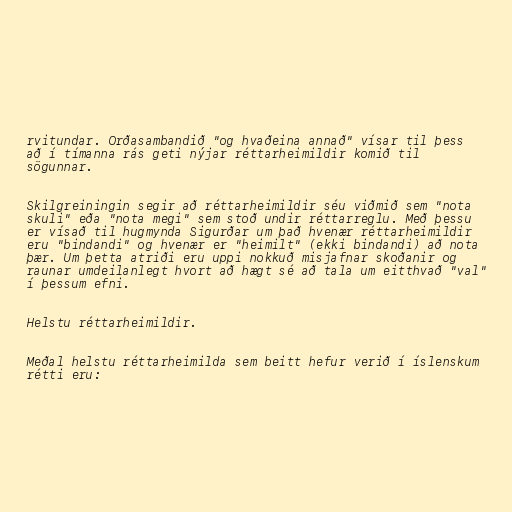
rvitundar. Orðasambandið "og hvaðeina annað" vísar til þess
að í tímanna rás geti nýjar réttarheimildir komið til
sögunnar.

Skilgreiningin segir að réttarheimildir séu viðmið sem "nota
skuli" eða "nota megi" sem stoð undir réttarreglu. Með þessu
er vísað til hugmynda Sigurðar um það hvenær réttarheimildir
eru "bindandi" og hvenær er "heimilt" (ekki bindandi) að nota
þær. Um þetta atriði eru uppi nokkuð misjafnar skoðanir og
raunar umdeilanlegt hvort að hægt sé að tala um eitthvað "val"
í þessum efni.

Helstu réttarheimildir.

Meðal helstu réttarheimilda sem beitt hefur verið í íslenskum
rétti eru: